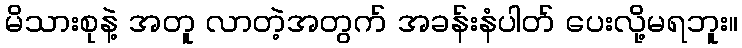
မိသားစုနဲ့ အတူ လာတဲ့အတွက် အခန်းနံပါတ် ပေးလို့မရဘူး။